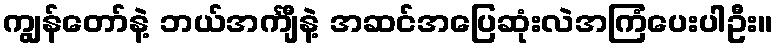
ကျွန်တော်နဲ့ ဘယ်အင်္ကျီနဲ့ အဆင်အပြေဆုံးလဲအကြံပေးပါဦး။